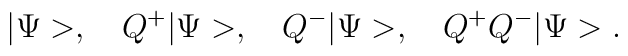
|\Psi>, \hspace{4mm} Q^+ |\Psi>,\hspace{4mm}  Q^- |\Psi>,\hspace{4mm}  Q^+ Q^- |\Psi>.